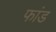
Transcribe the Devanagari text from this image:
फांड